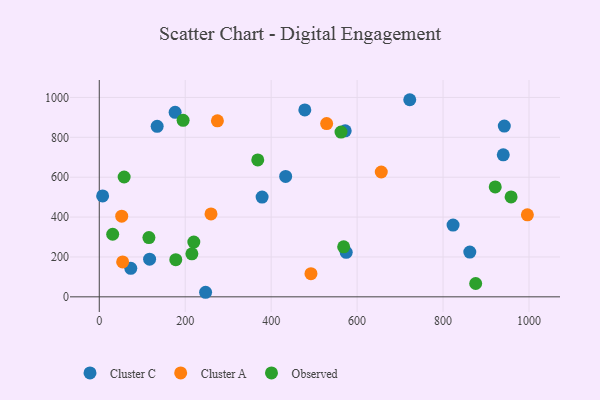
{"axis": {"x": "Investment", "y": "Profit"}, "legend": ["Cluster A", "Cluster C", "Observed"], "data": [{"x": "134.7", "y": 855.3, "type": "Cluster C"}, {"x": "574.6", "y": 223.4, "type": "Cluster C"}, {"x": "176.5", "y": 925.5, "type": "Cluster C"}, {"x": "572.3", "y": 832.7, "type": "Cluster C"}, {"x": "117.1", "y": 189.0, "type": "Cluster C"}, {"x": "862.2", "y": 224.6, "type": "Cluster C"}, {"x": "823.3", "y": 360.0, "type": "Cluster C"}, {"x": "942.5", "y": 856.6, "type": "Cluster C"}, {"x": "378.9", "y": 500.5, "type": "Cluster C"}, {"x": "722.5", "y": 988.5, "type": "Cluster C"}, {"x": "247.4", "y": 22.9, "type": "Cluster C"}, {"x": "73.3", "y": 143.1, "type": "Cluster C"}, {"x": "433.7", "y": 603.9, "type": "Cluster C"}, {"x": "478.3", "y": 937.4, "type": "Cluster C"}, {"x": "7.8", "y": 506.2, "type": "Cluster C"}, {"x": "940.1", "y": 712.0, "type": "Cluster C"}, {"x": "656.2", "y": 626.0, "type": "Cluster A"}, {"x": "260.0", "y": 415.8, "type": "Cluster A"}, {"x": "52.2", "y": 404.7, "type": "Cluster A"}, {"x": "274.9", "y": 882.8, "type": "Cluster A"}, {"x": "54.4", "y": 175.1, "type": "Cluster A"}, {"x": "996.2", "y": 411.2, "type": "Cluster A"}, {"x": "529.1", "y": 869.1, "type": "Cluster A"}, {"x": "492.6", "y": 116.3, "type": "Cluster A"}, {"x": "57.9", "y": 601.0, "type": "Observed"}, {"x": "178.0", "y": 186.5, "type": "Observed"}, {"x": "958.3", "y": 501.2, "type": "Observed"}, {"x": "220.0", "y": 274.7, "type": "Observed"}, {"x": "215.5", "y": 215.7, "type": "Observed"}, {"x": "195.1", "y": 885.0, "type": "Observed"}, {"x": "875.9", "y": 66.8, "type": "Observed"}, {"x": "368.8", "y": 686.7, "type": "Observed"}, {"x": "568.7", "y": 250.9, "type": "Observed"}, {"x": "31.2", "y": 313.8, "type": "Observed"}, {"x": "115.5", "y": 297.2, "type": "Observed"}, {"x": "921.4", "y": 551.1, "type": "Observed"}, {"x": "562.5", "y": 826.3, "type": "Observed"}]}